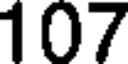
107